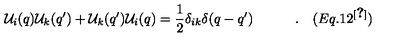
{ \cal U } _ { i } ( q ) { \cal U } _ { k } ( q ^ { \prime } ) + { \cal U } _ { k } ( q ^ { \prime } ) { \cal U } _ { i } ( q ) = { \frac { 1 } { 2 } } \delta _ { i k } \delta ( q - q ^ { \prime } ) \quad \quad \quad . \quad ( E q . 1 2 ^ { \cite { M a j } } ) \nonumber